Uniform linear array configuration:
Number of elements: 12
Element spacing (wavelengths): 0.75
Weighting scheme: kaiser
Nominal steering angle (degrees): -45
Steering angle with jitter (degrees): -44.986
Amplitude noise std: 0.05
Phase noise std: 0.05

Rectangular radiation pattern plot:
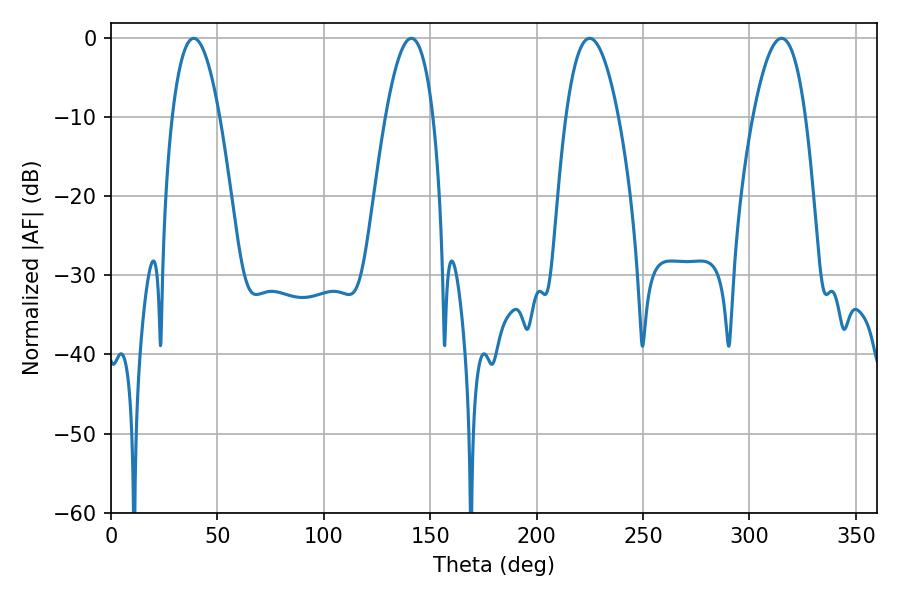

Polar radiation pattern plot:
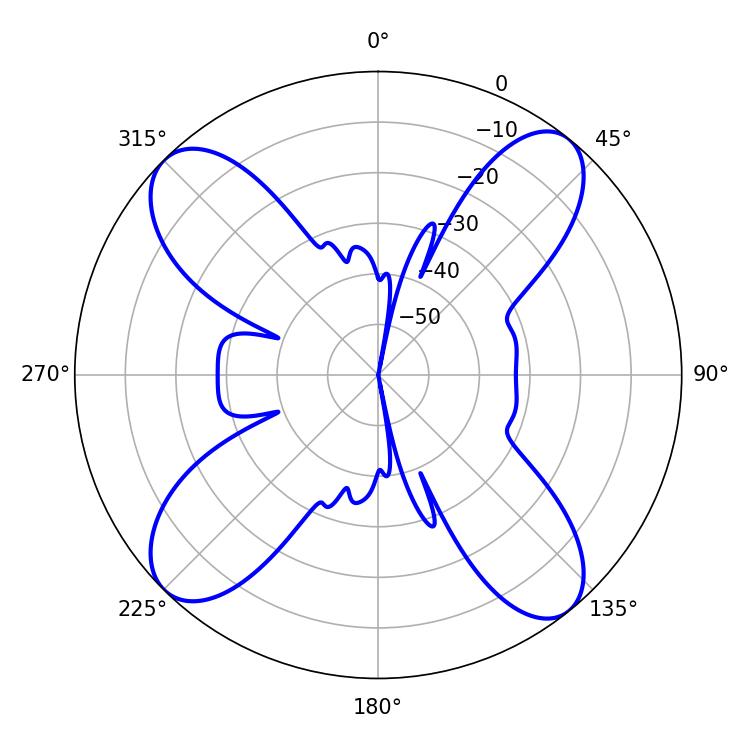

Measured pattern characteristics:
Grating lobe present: TRUE
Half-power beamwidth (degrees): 12.42
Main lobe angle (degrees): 38.88